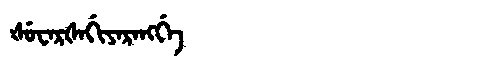
Manchu: ᡧᡠᠸᠠᡵᡧᠠᡤᡳᠶᠠᡵᠠᠩᡤᡝ
Romanization: ŠUWARŠAGIYARANGGE